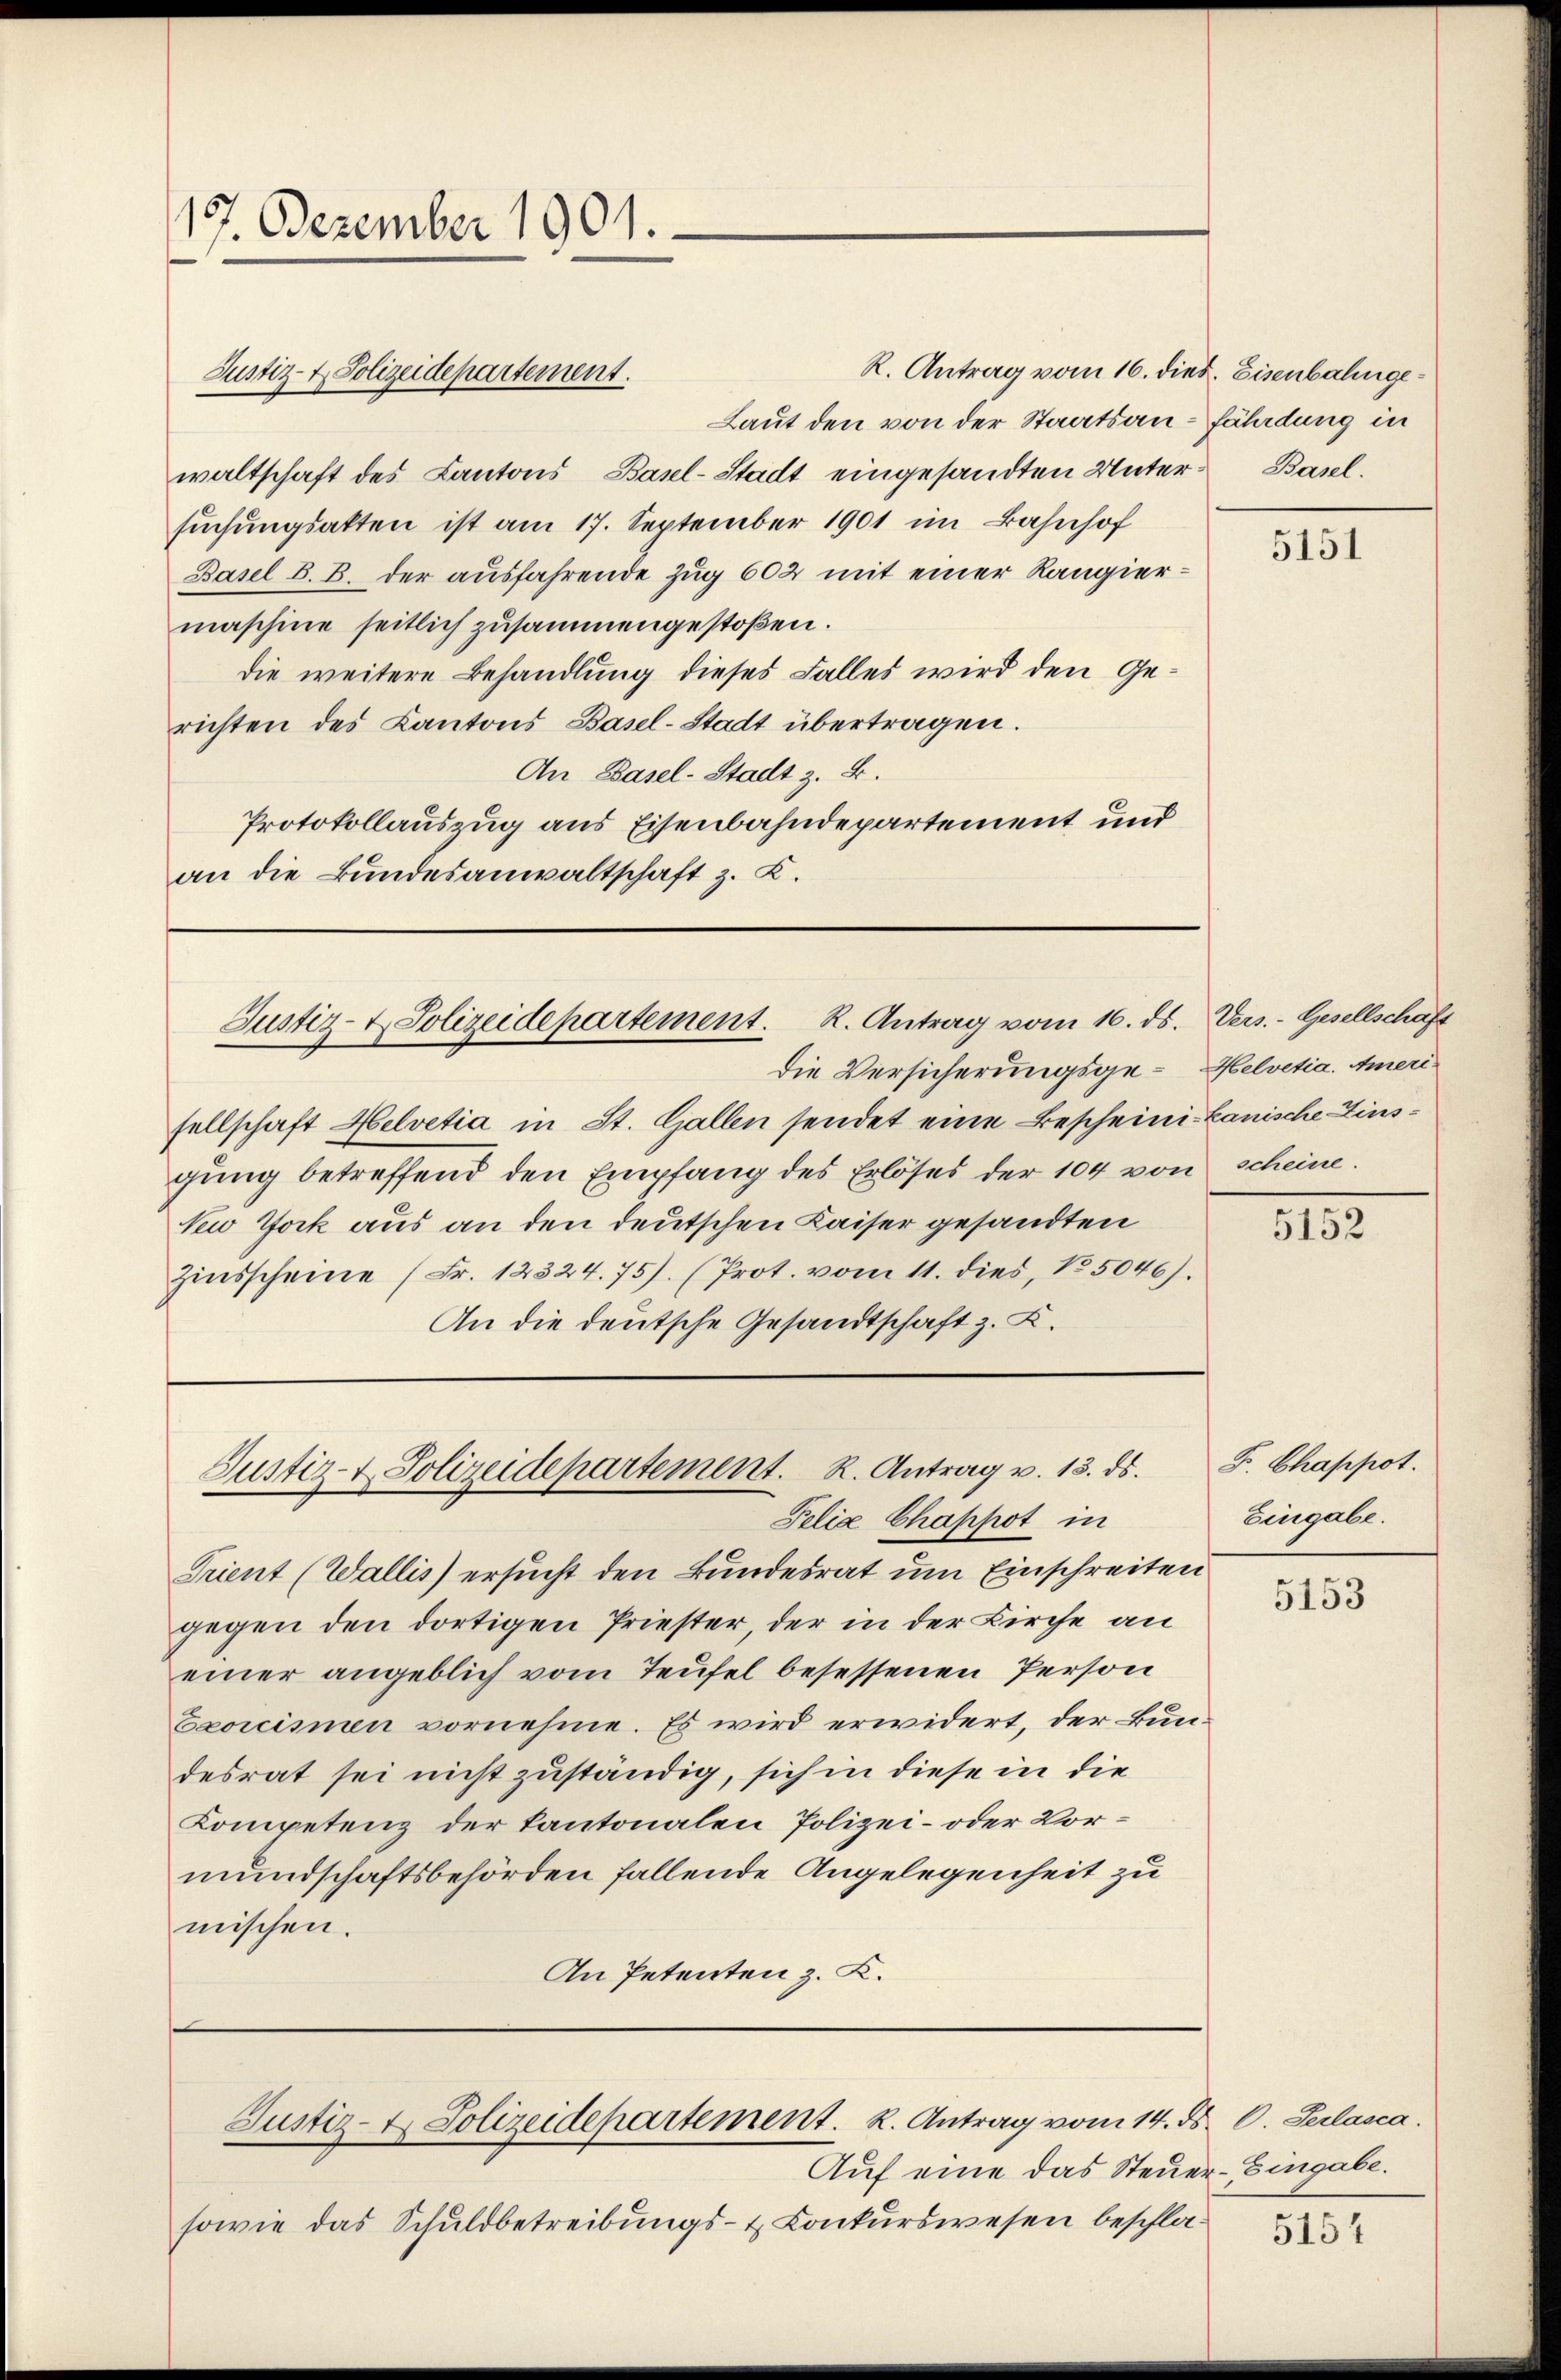
17. Dezember 1901.

Justiz- & Polizeidepartement.

Justiz- & Polizeidepartement. K. Antrag vom 16. ds. Vers.- Gesellschäft

die Versicherungsgesellschaft Helvetia in St. Gallen sendet eine Bescheini-Lanische Zinsgung betreffend den Empfang des Erlöses der 104 von scheine.
New York aus an den deutschen Kaiser gesandten
Zinsscheine (Fr. 12324. 75). (Prot. vom 11. dies, 15046).
An die deutsche Gesandtschaft z. B.

Justiz- & Polizeidepartement. R. Antrag v. 13. ds.

R. Antrag vom 16. dieß. Eisenbahnge¬
Laut den von der Staatsan-fährdung in
waltschaft des Kantons Basel-Stadt eingesandten Unter-Basel.
suchungsakten ist am 17. September 1901 im Bahnhof
Basel B. B. der ausfahrende Zug 602 mit einer Rangiermaschine seitlich zusammengestoßen.
die weitere Behandlung dieses Falles wird den Gerichten des Kantons Basel-Stadt übertragen.
An Basel-Stadt z. B.
Protokollauszug aus Eisenbahndepartement und
an die Bundesanwaltschaft z. K.

Auf eine das Steuer-Eingabe.
sowie das Schuldbetreibungs- & Conkurswesen beschla¬

Justiz- & Polizeidepartement. K. Antrag vom 14. ds. C. Seilasca.

Felia Chappot in
Trient (Wallis) ersucht den Bundesrat um Einschreiten
gegen den dortigen Priester, der in der Kirche an
einer angeblich vom Teufel besessenen Person
Exorcismen vornehme. Es wird erwidert, der Bundesrat sei nicht zuständig, sich in diese in die
Kompetenz der kantonalen Polizei- oder Vormundschaftsbehörden fallende Angelegenheit zu
mischen.
An Petenten z. K.

5151

Helvetia. Ameri

11

F. Chappot.
Eingabe.

5153

5154